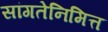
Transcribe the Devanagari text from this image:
सांगतेनिमित्त